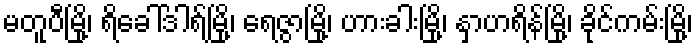
မတူပီမြို့၊ ရိခေါ်ဒါရ်မြို့၊ ရေဇွာမြို့၊ ဟားခါးမြို့၊ နှာဟရိန်မြို့၊ ခိုင်ကမ်းမြို့၊